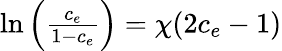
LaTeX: \begin{array}{r}{\ln\left(\frac{c_{e}}{1-c_{e}}\right)=\chi(2c_{e}-1)}\end{array}